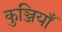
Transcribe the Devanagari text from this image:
कुञ्जियाँ